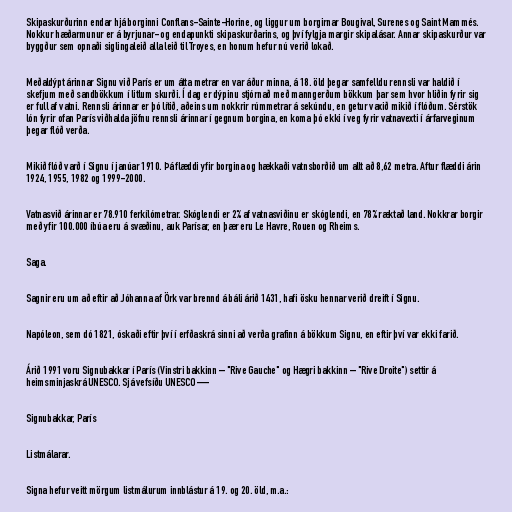
Skipaskurðurinn endar hjá borginni Conflans-Sainte-Horine, og liggur um borgirnar Bougival, Surenes og Saint Mammés.
Nokkur hæðarmunur er á byrjunar- og endapunkti skipaskurðarins, og því fylgja margir skipalásar. Annar skipaskurður var
byggður sem opnaði siglingaleið alla leið til Troyes, en honum hefur nú verið lokað.

Meðaldýpt árinnar Signu við París er um átta metrar en var áður minna, á 18. öld þegar samfelldu rennsli var haldið í
skefjum með sandbökkum í litlum skurði. Í dag er dýpinu stjórnað með manngerðum bökkum þar sem hvor hliðin fyrir sig
er full af vatni. Rennsli árinnar er þó lítið, aðeins um nokkrir rúmmetrar á sekúndu, en getur vaxið mikið í flóðum. Sérstök
lón fyrir ofan París viðhalda jöfnu rennsli árinnar í gegnum borgina, en koma þó ekki í veg fyrir vatnavexti í árfarveginum
þegar flóð verða.

Mikið flóð varð í Signu í janúar 1910. Þá flæddi yfir borgina og hækkaði vatnsborðið um allt að 8,62 metra. Aftur flæddi árin
1924, 1955, 1982 og 1999-2000.

Vatnasvið árinnar er 78.910 ferkílómetrar. Skóglendi er 2% af vatnasviðinu er skóglendi, en 78% ræktað land. Nokkrar borgir
með yfir 100.000 íbúa eru á svæðinu, auk Parísar, en þær eru Le Havre, Rouen og Rheims.

Saga.

Sagnir eru um að eftir að Jóhanna af Örk var brennd á báli árið 1431, hafi ösku hennar verið dreift í Signu.

Napóleon, sem dó 1821, óskaði eftir því í erfðaskrá sinni að verða grafinn á bökkum Signu, en eftir því var ekki farið.

Árið 1991 voru Signubakkar í París (Vinstri bakkinn – "Rive Gauche" og Hægri bakkinn – "Rive Droite") settir á
heimsminjaskrá UNESCO. Sjá vefsíðu UNESCO —

Signubakkar, París

Listmálarar.

Signa hefur veitt mörgum listmálurum innblástur á 19. og 20. öld, m.a.: